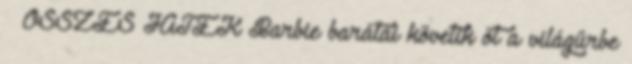
» ÖSSZES JÁTÉK Barbie barátai követik őt a világűrbe